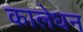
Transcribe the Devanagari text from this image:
कालेधन